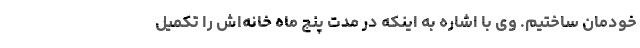
خودمان ساختیم. وی با اشاره به اینکه در مدت پنج ماه خانه‌اش را تکمیل